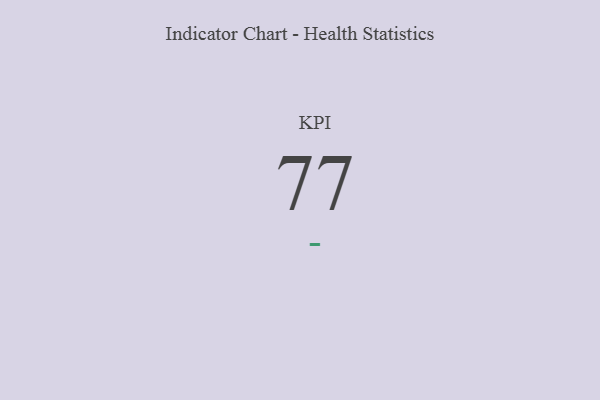
{"axis": {"x": "KPI", "y": "Value"}, "legend": [""], "data": [{"x": "KPI", "y": 77, "type": ""}]}